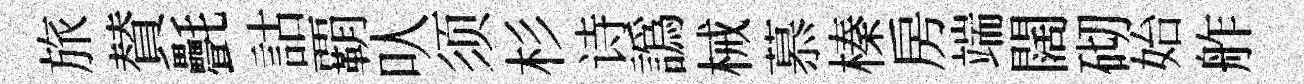
旅賛㲲詁覇㕥须杉诗譌械慕榛房端闊砌始舴